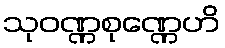
သုဝဏ္ဏစုဏ္ဏေဟိ